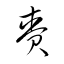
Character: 賚